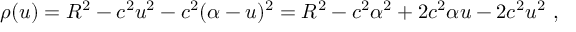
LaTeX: \rho ( u ) = R ^ { 2 } - c ^ { 2 } u ^ { 2 } - c ^ { 2 } ( \alpha - u ) ^ { 2 } = R ^ { 2 } - c ^ { 2 } \alpha ^ { 2 } + 2 c ^ { 2 } \alpha u - 2 c ^ { 2 } u ^ { 2 } \ ,